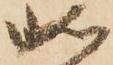
如